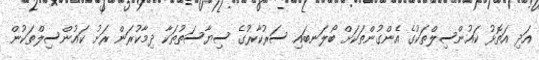
އަދި އަތޮޅު ކައުންސިލްތަކުގެ އެންގުންތަކަށް ބޯލަނބައި ސަރުކާރުގެ ސިޔާސަތުތަަކާ ދިމާކުރަން ރަށު ކައުންސިލްތަކުން